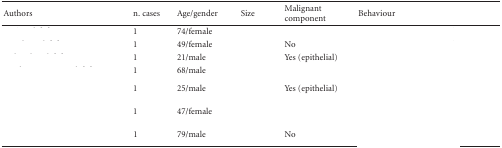
<table><thead><tr><td><b>Authors</b></td><td><b>n. cases</b></td><td><b>Age/gender</b></td><td><b> Size</b></td><td><b>Malignant component</b></td><td><b> Behaviour</b></td></tr></thead><tbody><tr><td>[EMPTY_CELL]</td><td> 1</td><td>74/female</td><td>[EMPTY_CELL]</td><td>[EMPTY_CELL]</td><td>[EMPTY_CELL]</td></tr><tr><td>[EMPTY_CELL]</td><td> 1</td><td>49/female</td><td>[EMPTY_CELL]</td><td>No</td><td>[EMPTY_CELL]</td></tr><tr><td>[EMPTY_CELL]</td><td> 1</td><td>21/male</td><td>[EMPTY_CELL]</td><td>Yes (epithelial)</td><td>[EMPTY_CELL]</td></tr><tr><td>[EMPTY_CELL]</td><td> 1</td><td>68/male</td><td>[EMPTY_CELL]</td><td>[EMPTY_CELL]</td><td>[EMPTY_CELL]</td></tr><tr><td>[EMPTY_CELL]</td><td> 1</td><td>25/male</td><td>[EMPTY_CELL]</td><td>Yes (epithelial)</td><td>[EMPTY_CELL]</td></tr><tr><td>[EMPTY_CELL]</td><td> 1</td><td>47/female</td><td>[EMPTY_CELL]</td><td>[EMPTY_CELL]</td><td>[EMPTY_CELL]</td></tr><tr><td>[EMPTY_CELL]</td><td> 1</td><td>79/male</td><td>[EMPTY_CELL]</td><td>No</td><td>[EMPTY_CELL]</td></tr></tbody></table>